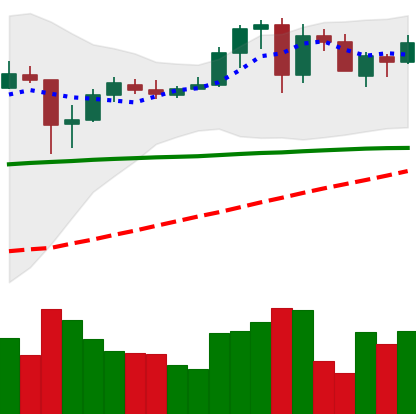
Ticker: ADA-USD
Chart end date: 2020-05-27
Forward return: 47.089%
Label: up_7plus